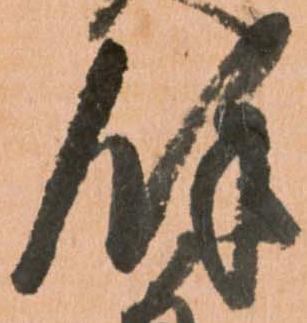
餘